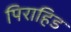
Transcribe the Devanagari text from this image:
पिराहिड